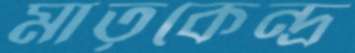
মাতৃকেন্দ্র